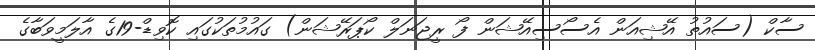
ސާކް (ސައުތު އޭޝިއަން އެސޯސިއޭޝަން ފޯ ރީޖަނަލް ކޯޕަރޭޝަން) ގައުމުތަކުގައި ކޮވިޑް-19ގެ އާލަމީވަބާގެ